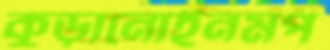
কুড়ানোইনমপ